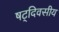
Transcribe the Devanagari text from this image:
षट्‌दिवसीय